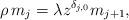
LaTeX: \begin{align*}\rho\, m_j = \lambda z^{\delta_{j,0}}m_{j+1}, \end{align*}